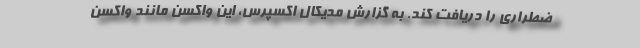
ضطراری را دریافت کند. به گزارش مدیکال اکسپرس، این واکسن مانند واکسن